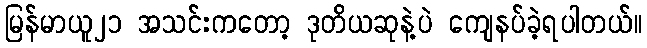
မြန်မာယူ၂၁ အသင်းကတော့ ဒုတိယဆုနဲ့ပဲ ကျေနပ်ခဲ့ရပါတယ်။